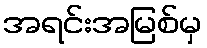
အရင်းအမြစ်မှ